Report of veterinary surgeon J.H. Steel, A.V.D., on his investigation into an obscure and fatal disease among transport mules in British Burma
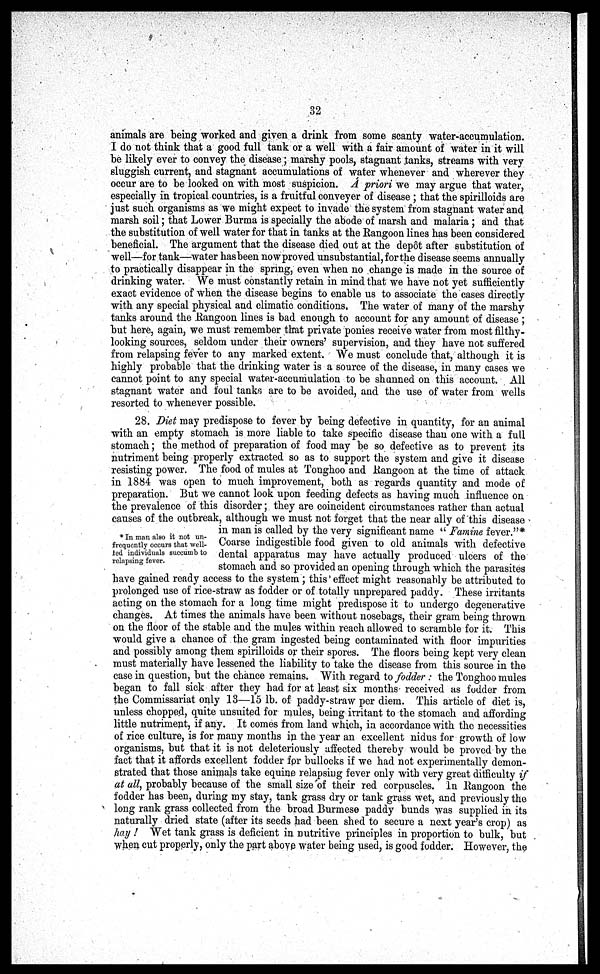
32
animals are being worked and given a drink from some scanty water-accumulation.
I do not think that a good full tank or a well with a fair amount of water in it will
be likely ever to convey the disease; marshy pools, stagnant tanks, streams with very
sluggish current, and stagnant accumulations of water whenever and wherever they
occur are to be looked on with most suspicion. A priori we may argue that water,
especially in tropical countries, is a fruitfal conveyer of disease ; that the spirilloids are
just such organisms as we might expect to invade the system from stagnant water and
marsh soil; that Lower Burma is specially the abode of marsh and malaria; and that
the substitution of well water for that in tanks at the Rangoon lines has been considered
beneficial. The argument that the disease died out at the dep6t after substitution of
well—for tank—water has been now proved unsubstantial, for the disease seems annually
to practically disappear in the spring, even when no change is made in the source of
drinking water. We must constantly retain in mind that we have not yet sufficiently
exact evidence of when the disease begins to enable us to associate the cases directly
with any special physical and climatic conditions, The water of many of the marshy
tanks around the .Rangoon lines is bad enough to account for any amount of disease ;
but here, again, we must remember that private ponies receive water from most filthy-
looking sources, seldom under their owners' supervision, and they have not suffered
from relapsing fever to any marked extent. We must conclude that, although it is
highly probable that the drinking water is a source of the disease, in many cases we
cannot point to any special water-accumulation to be shunned on this account. All
stagnant water and foul tanks are to be avoided, and the use of water from wells
resorted to whenever possible.
28. Diet may predispose to fever by being defective in quantity, for an animal
with an empty stomach is more liable to take specific disease than one with a full
stomach; the method of preparation of food may be so defective as to prevent its
nutriment being properly extracted so as to support the system and give it disease
resisting power. The food of mules at Tonghoo and .Rangoon at the time of attack
in 1884 was open to much improvement, both as regards quantity and mode of
preparation. But we cannot look upon feeding defects as having much influence on
the prevalence of this disorder; they are coincident circumstances rather than actual
causes of the outbreak, although we must not forget that the near ally of this disease
in man is called by the very significant name " Famine fever."*
Coarse indigestible food given to old animals with defective
dental apparatus may have actually produced ulcers of the
stomach and so provided an opening through which the parasites
have gained ready access to the system ; this effect might reasonably be attributed to
prolonged use of rice-straw as fodder or of totally unprepared paddy. These irritants
acting on the stomach for a long time might predispose it to undergo degenerative
changes. At times the animals have been without nosebags, their gram being thrown
on the floor of the stable and the mules within reach allowed to scramble for it. This
would give a chance of the gram ingested being contaminated with floor impurities
and possibly among them spirilloids or their spores. The floors being kept very clean
must materially have lessened the liability to take the disease from this source in the
case in question, but the chance remains. With regard to fodder : the Tonghoo mules
began to fall sick after they had for at least six months received as fodder from
the Commissariat only 13—15 lb. of paddy-straw per diem. This article of diet is,
unless chopped, quite unsuited for mules, being irritant to the stomach and affording
little nutriment, if any. It comes from land which, in accordance with the necessities
of rice culture, is for many months in the year an excellent nidus for growth of low
organisms, but that it is not deleteriously affected thereby would be proved by the
fact that it affords excellent fodder for bullocks if we had not experimentally demon-
strated that those animals take equine relapsing fever only with very great difficulty if
at all, probably because of the small size of their red corpuscles. In Rangoon the
fodder has been, during my stay, tank grass dry or tank grass wet, and previously the
long rank grass collected from the broad Burmese paddy bunds was supplied in its
naturally dried state (after its seeds had been shed to secure a next year's crop) as
hay ! Wet tank grass is deficient in nutritive principles in proportion to bulk, but
when cut properly, only the part above water being used, is good fodder. However, the
* In man also it not un-
frequently occurs that well-
fed individuals succumb to
relapsing fever.